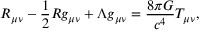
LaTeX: R _ { \mu \nu } - { \frac { 1 } { 2 } } R g _ { \mu \nu } + \Lambda g _ { \mu \nu } = { \frac { 8 \pi G } { c ^ { 4 } } } T _ { \mu \nu } ,